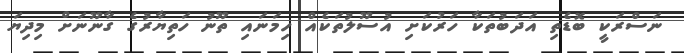
ނަސްރަކީ ބޮޑެތި އަދަބުތަކާ ހަރުކަށި އުސޫލުތަކެއް ހިމަނައި ތޫނު ހަތިޔާރުގެ ގާނޫނަށް މިދިޔަ